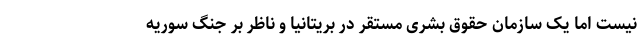
نیست اما یک سازمان حقوق بشری مستقر در بریتانیا و ناظر بر جنگ سوریه